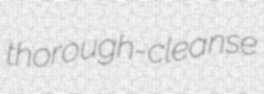
thorough-cleanse